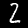
Digit: 2